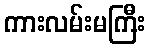
ကားလမ်းမကြီး